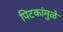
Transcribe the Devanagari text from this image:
पिटकांमुळे